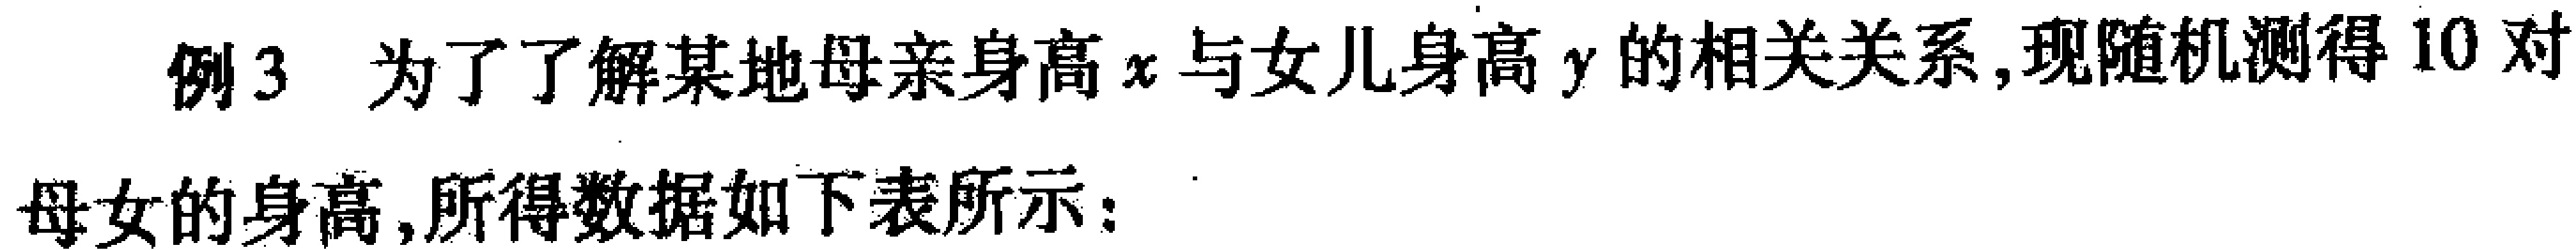
例3 为了了解某地母亲身高\(x\)与女儿身高\(y\)的相关关系,现随机测得10对

母女的身高,所得数据如下表所示：